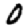
Digit: 0